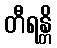
တီရန္တိ